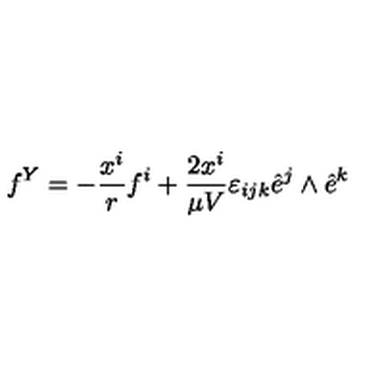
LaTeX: f ^ { Y } = - \frac { x ^ { i } } { r } f ^ { i } + \frac { 2 x ^ { i } } { \mu V } \varepsilon _ { i j k } \hat { e } ^ { j } \land \hat { e } ^ { k }